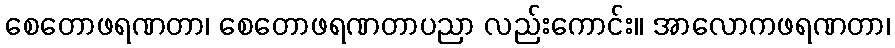
စေတောဖရဏတာ၊ စေတောဖရဏတာပညာ လည်းကောင်း။ အာလောကဖရဏတာ၊